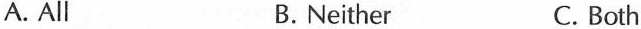
A. All B. Neither C. Both